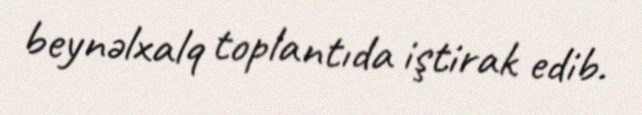
beynəlxalq toplantıda iştirak edib.